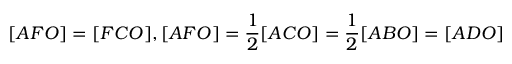
[ A F O ] = [ F C O ] , [ A F O ] = { \frac { 1 } { 2 } } [ A C O ] = { \frac { 1 } { 2 } } [ A B O ] = [ A D O ]